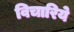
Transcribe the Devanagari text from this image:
विचारिये